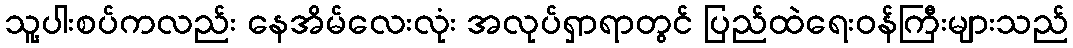
သူ့ပါးစပ်ကလည်း နေအိမ်လေးလုံး အလုပ်ရှာရာတွင် ပြည်ထဲရေးဝန်ကြီးများသည်